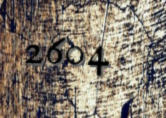
2604